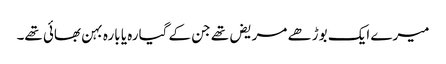
میرے ایک بوڑھے مریض تھے جن کے گیارہ یا بارہ بہن بھائی تھے۔